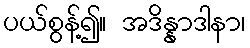
ပယ်စွန့်၍။ အဒိန္နာဒါနာ၊